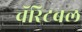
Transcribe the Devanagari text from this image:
चॅरिटबल